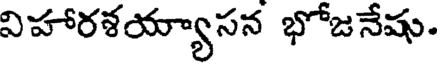
విహారశయ్యాసన భోజనేషు.